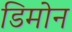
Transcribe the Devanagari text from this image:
डिमोन